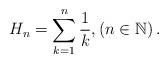
LaTeX: \begin{align*}H_{n}=\sum_{k=1}^{n}\frac{1}{k},\left( n\in \mathbb{N}\right) .\end{align*}